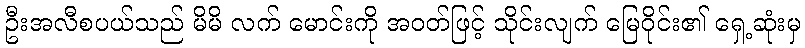
ဦးအလီစပယ်သည် မိမိ လက် မောင်းကို အဝတ်ဖြင့် သိုင်းလျက် မြေဝိုင်း၏ ရှေ့ဆုံးမှ